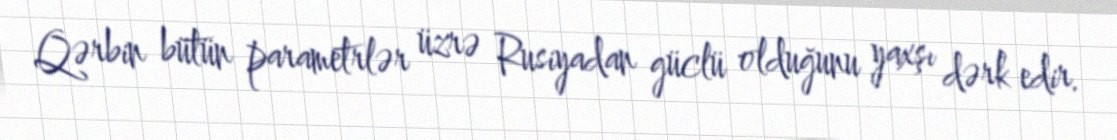
Qərbin bütün parametrlər üzrə Rusiyadan güclü olduğunu yaxşı dərk edir.